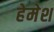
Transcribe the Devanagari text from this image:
हेमेश